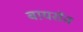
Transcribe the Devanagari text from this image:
बायरॉन